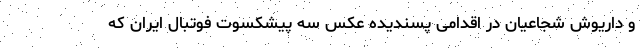
و داریوش شجاعیان در اقدامی پسندیده عکس سه پیشکسوت فوتبال ایران که